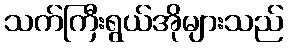
သက်ကြီးရွယ်အိုများသည်